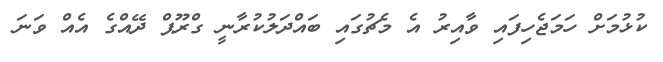
ކުޅުމަށް ހަމަޖެހިފައި ވާއިރު އެ މެޗުގައި ބައްދަލުކުރާނީ ގްރޫޕް ދޭއްގެ އެއް ވަނަ